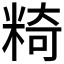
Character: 𥺿